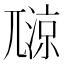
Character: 𡰏